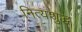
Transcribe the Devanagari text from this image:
नित्यशुद्ध